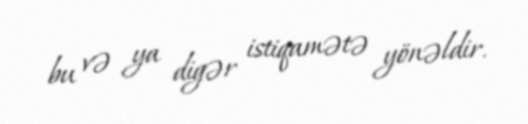
bu və ya digər istiqamətə yönəldir.